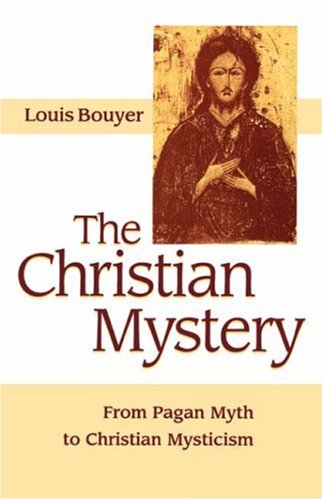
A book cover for The Christian Mystery: From Pagan Myth to Christian Mysticism; Louis Bouyer; Religion & Spirituality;